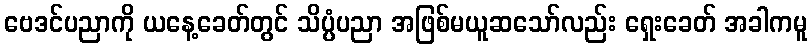
ဗေဒင်ပညာကို ယနေ့ခေတ်တွင် သိပ္ပံပညာ အဖြစ်မယူဆသော်လည်း ရှေးခေတ် အခါကမူ